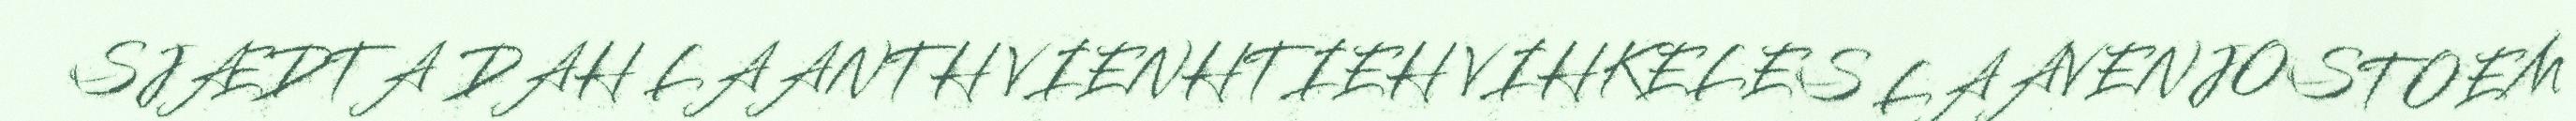
SJÆDTA DAH LAANTH VIENHTIEH VIHKELES LAAVENJOSTOEM